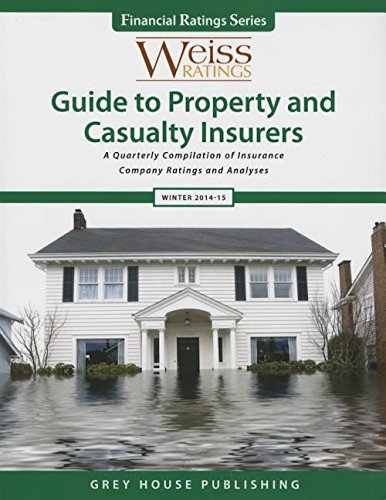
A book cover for Weiss Ratings Guide to Property & Casualty Insurers, Winter 14/15; Business & Money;